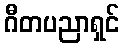
ဂီတပညာရှင်